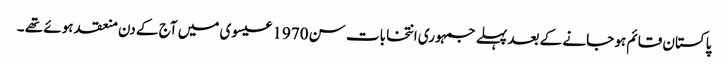
پاکستان قائم ہو جانے کے بعد پہلے جمہوری انتخابات سن 1970 عیسوی میں آج کے دن منعقد ہوئے تھے ۔